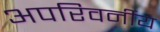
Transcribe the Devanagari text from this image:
अपरिवर्नीय